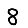
Digit: 8